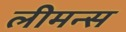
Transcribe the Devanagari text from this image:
लीमन्स